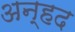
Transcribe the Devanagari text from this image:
अन्‍हद